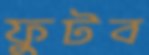
ফুটব